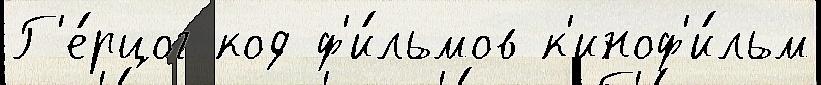
Г'е́рцог код ф'и́льмов к'иноф'и́льм